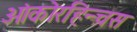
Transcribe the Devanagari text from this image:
ओंकोरहिन्चस